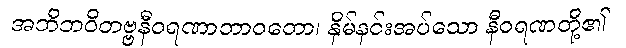
အဘိဘဝိတဗ္ဗနီဝရဏာဘာဝတော၊ နှိမ်နင်းအပ်သော နီဝရဏတို့၏